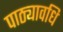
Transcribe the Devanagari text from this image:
पाठ्यावधि